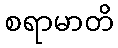
စရာမာတိ